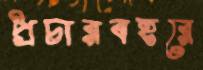
প্রচারবহরে